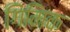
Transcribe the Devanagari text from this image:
गिमिक